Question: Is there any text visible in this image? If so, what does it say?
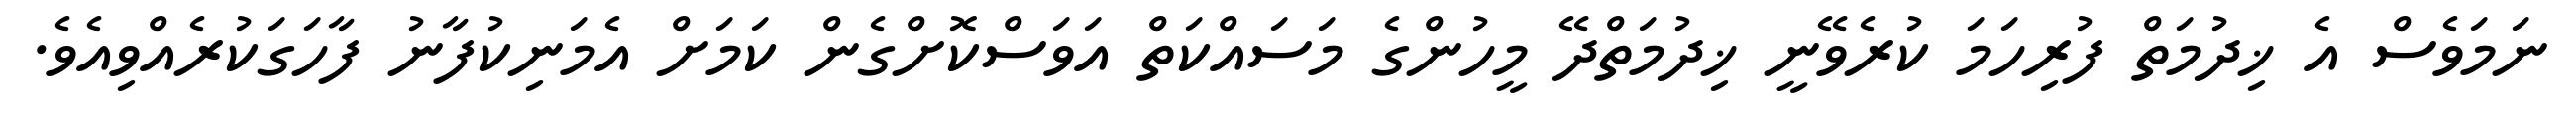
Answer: ނަމަވެސް އެ ޚިދުމަތް ފުރިހަމަ ކުރެވޭނީ ޚިދުމަތްދޭ މީހުންގެ މަސައްކަތް އަވަސްކޮށްގެން ކަމަށް އެމަނިކުފާނު ފާހަގަކުރެއްވިއެވެ.